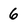
Character: 6